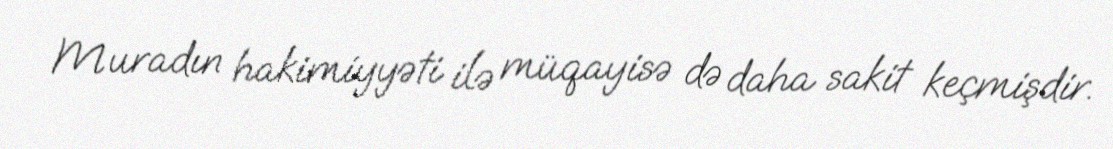
Muradın hakimiyyəti ilə müqayisə də daha sakit keçmişdir.